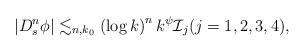
LaTeX: \begin{align*}\left| D^n_s \phi \right|\lesssim_{n,k_0} \left( \log k \right)^{n} k^{\psi} \mathcal{I}_j (j=1,2,3,4),\end{align*}